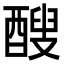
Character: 醙